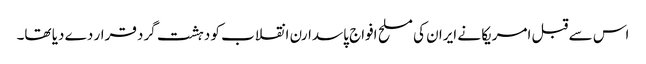
اس سے قبل امریکا نے ایران کی مسلح افواج پاسدارن انقلاب کو دہشت گرد قرار دے دیا تھا۔